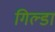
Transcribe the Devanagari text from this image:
गिल्डा